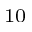
_ { 1 0 }